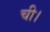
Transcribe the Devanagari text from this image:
ची।